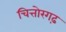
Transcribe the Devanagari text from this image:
चित्तोरगढ़